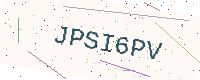
Text: JPSI6PV